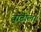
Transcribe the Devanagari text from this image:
वाटीला